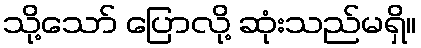
သို့သော် ပြောလို့ ဆုံးသည်မရှိ။